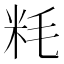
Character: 粍